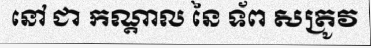
នៅ ជា កណ្តាល នៃ ទ័ព សត្រូវ